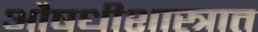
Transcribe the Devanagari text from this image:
औषधीशास्त्रात